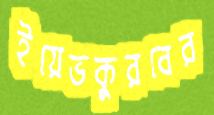
ইয়েভকুরবের